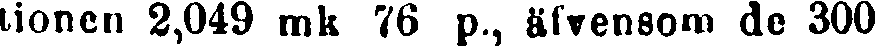
tionen 2,049 mk 76 p., äfvensom de 300